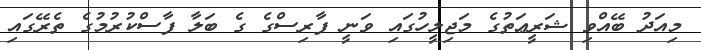
މިއަދު ބޭއްވި ޝަރީޢަތުގެ މަޖިލީހުގައި ވަނީ ފާރިސްގެ ގެ ބަލާ ފާސްކުރުމުގެ ތެރޭގައި